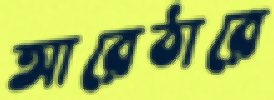
আরেঠারে